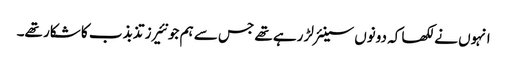
انہوں نے لکھا کہ دونوں سینئر لڑ رہے تھے جس سے ہم جونئیرز تذبذب کا شکار تھے۔